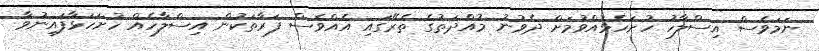
ނަމަވެސް އިސްލާހު ހުށަހެޅުއްވުމަށް ދެވުނު މުއްދަތުގެ ތެރޭގައި އެއްވެސް ފަރާތަކުން އިސްލާހެއް ހުށަހަޅާފައިނުވާ